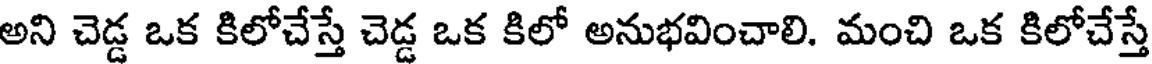
అని చెడ్డ ఒక కిలోచేస్తే చెడ్డ ఒక కిలో అనుభవించాలి. మంచి ఒక కిలోచేస్తే